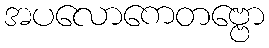
အပလောကေတဗ္ဗော